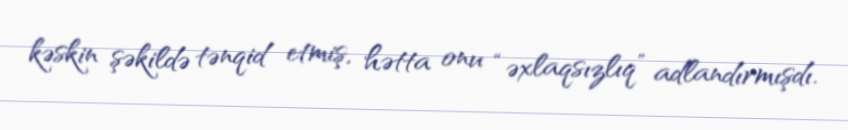
kəskin şəkildə tənqid etmiş, hətta onu “əxlaqsızlıq” adlandırmışdı.